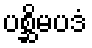
ပစ္ဆိမပဒံ